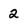
Character: 2